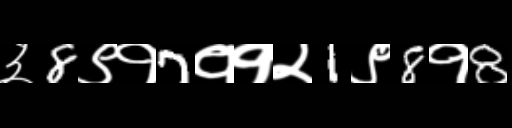
Text: ३8९१7११२1९8१8